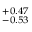
^ { + 0 . 4 7 } _ { - 0 . 5 3 }